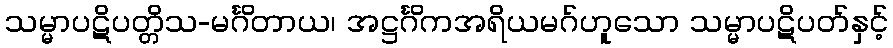
သမ္မာပဋိပတ္တိသ-မင်္ဂိတာယ၊ အဋ္ဌင်္ဂိကအရိယမဂ်ဟူသော သမ္မာပဋိပတ်နှင့်